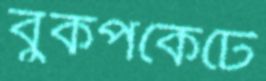
বুকপকেটে